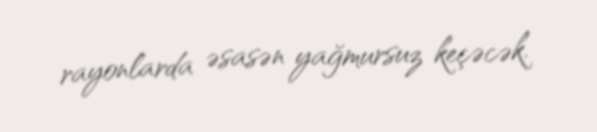
rayonlarda əsasən yağmursuz keçəcək.